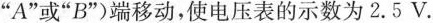
”A”或”B”)端移动，使电压表的示数为2.5V.